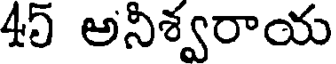
45 అనిశ్వరాయ